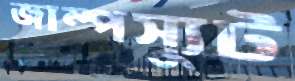
জাম্পস্যুট